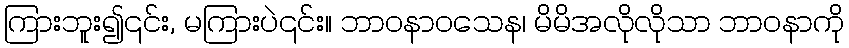
ကြားဘူး၍၎င်း, မကြားပဲ၎င်း။ ဘာဝနာဝသေန၊ မိမိအလိုလိုသာ ဘာဝနာကို